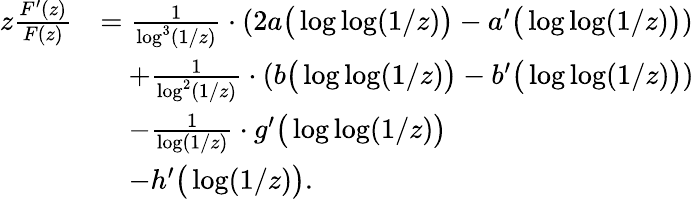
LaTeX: \begin{array}{rl}{z\frac{F^{\prime}(z)}{F(z)}}&{=\frac{1}{\log^{3}(1/z)}\cdot\left(2a\big(\log\log(1/z)\big)-a^{\prime}\big(\log\log(1/z)\big)\right)}\\ &{\quad+\frac{1}{\log^{2}(1/z)}\cdot\left(b\big(\log\log(1/z)\big)-b^{\prime}\big(\log\log(1/z)\big)\right)}\\ &{\quad-\frac{1}{\log(1/z)}\cdot g^{\prime}\big(\log\log(1/z)\big)}\\ &{\quad-h^{\prime}\big(\log(1/z)\big).}\end{array}